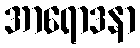
အာရောဒနာ